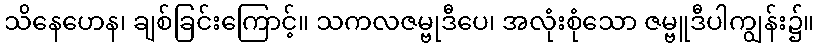
သိနေဟေန၊ ချစ်ခြင်းကြောင့်။ သကလဇမ္ဗုဒီပေ၊ အလုံးစုံသော ဇမ္ဗူဒီပါကျွန်း၌။